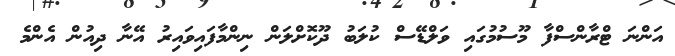
އަންނަ ޓްރާންސްފާ މޫސުމުގައި ވަލްޑޭސް ކުލަބު ދޫކޮށްލަން ނިންމާފައިވައިރު އޭނާ ދިއުން އެންމެ